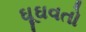
ઘૂઘવતો